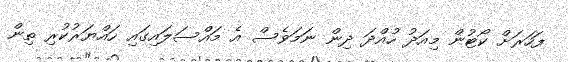
ފަހަރަށް ކޯޓުން މިއަދު ހުއްދަ ދިން ނަމަވެސް އެ މައްސަލައިގައި ހައްޔަރުކުރި ތިން